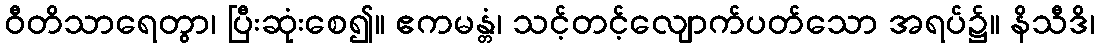
ဝီတိသာရေတွာ၊ ပြီးဆုံးစေ၍။ ဧကမန္တံ၊ သင့်တင့်လျောက်ပတ်သော အရပ်၌။ နိသီဒိ၊